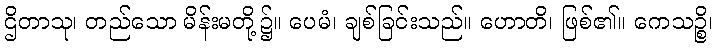
ဌိတာသု၊ တည်သော မိန်းမတို့၌။ ပေမံ၊ ချစ်ခြင်းသည်။ ဟောတိ၊ ဖြစ်၏။ ကေသဉ္စိ၊